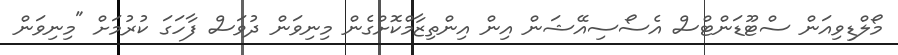
މޯލްޑިވިއަން ސްޓޫޑަންޓްސް އެސޯސިއޭޝަން އިން އިންތިޒާމްކޮށްގެން މިނިވަން ދުވަސް ފާހަގަ ކުރުމަށް "މިނިވަން